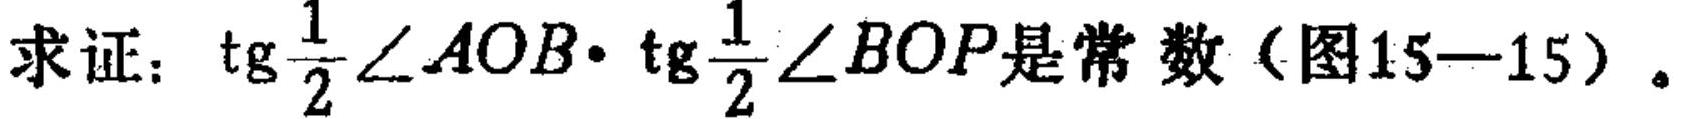
求证：\(\mathrm{tg}\frac{1}{2}\angle AOB\cdot\mathrm{tg}\frac{1}{2}\angle BOP\)是常数（图15—15）。